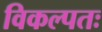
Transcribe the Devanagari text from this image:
विकल्पतः